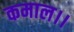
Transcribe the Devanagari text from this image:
कमाल।।